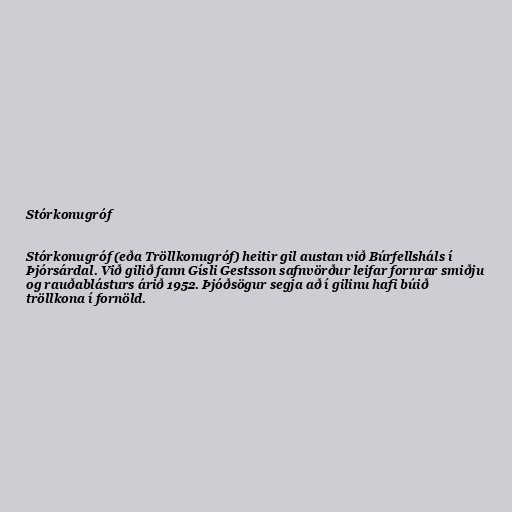
Stórkonugróf

Stórkonugróf (eða Tröllkonugróf) heitir gil austan við Búrfellsháls í
Þjórsárdal. Við gilið fann Gísli Gestsson safnvörður leifar fornrar smiðju
og rauðablásturs árið 1952. Þjóðsögur segja að í gilinu hafi búið
tröllkona í fornöld.